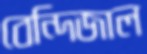
বেন্দিজাল